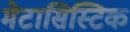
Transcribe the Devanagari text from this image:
मेटासिस्टिक